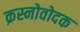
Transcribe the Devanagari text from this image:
क्रस्नोवोदक